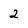
Character: 2